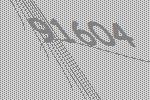
91604